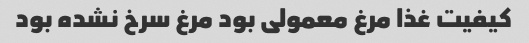
کیفیت غذا مرغ معمولی بود مرغ سرخ نشده بود